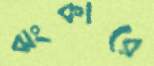
ঝংকারে